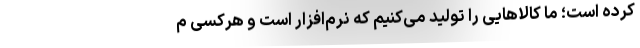
کرده است؛ ما کالاهایی را تولید می‌کنیم که نرم‌افزار است و هرکسی م